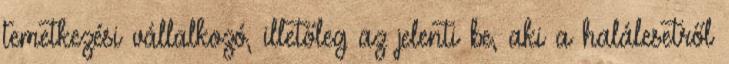
temetkezési vállalkozó, illetőleg az jelenti be, aki a halálesetről